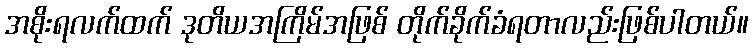
အစိုးရလက်ထက် ဒုတိယအကြိမ်အဖြစ် တိုက်ခိုက်ခံရတာလည်းဖြစ်ပါတယ်။